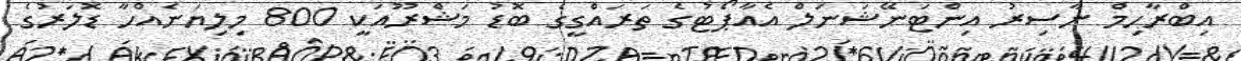
އިބްރާހިމް ނާސިރު އިންޓަނޭޝަނަލް އެއާޕޯޓުގެ ތަރައްގީގެ ބޮޑު މަޝްރޫއަކީ 800 މިލިޔަނެއްހާ ޑޮލަރުގެ